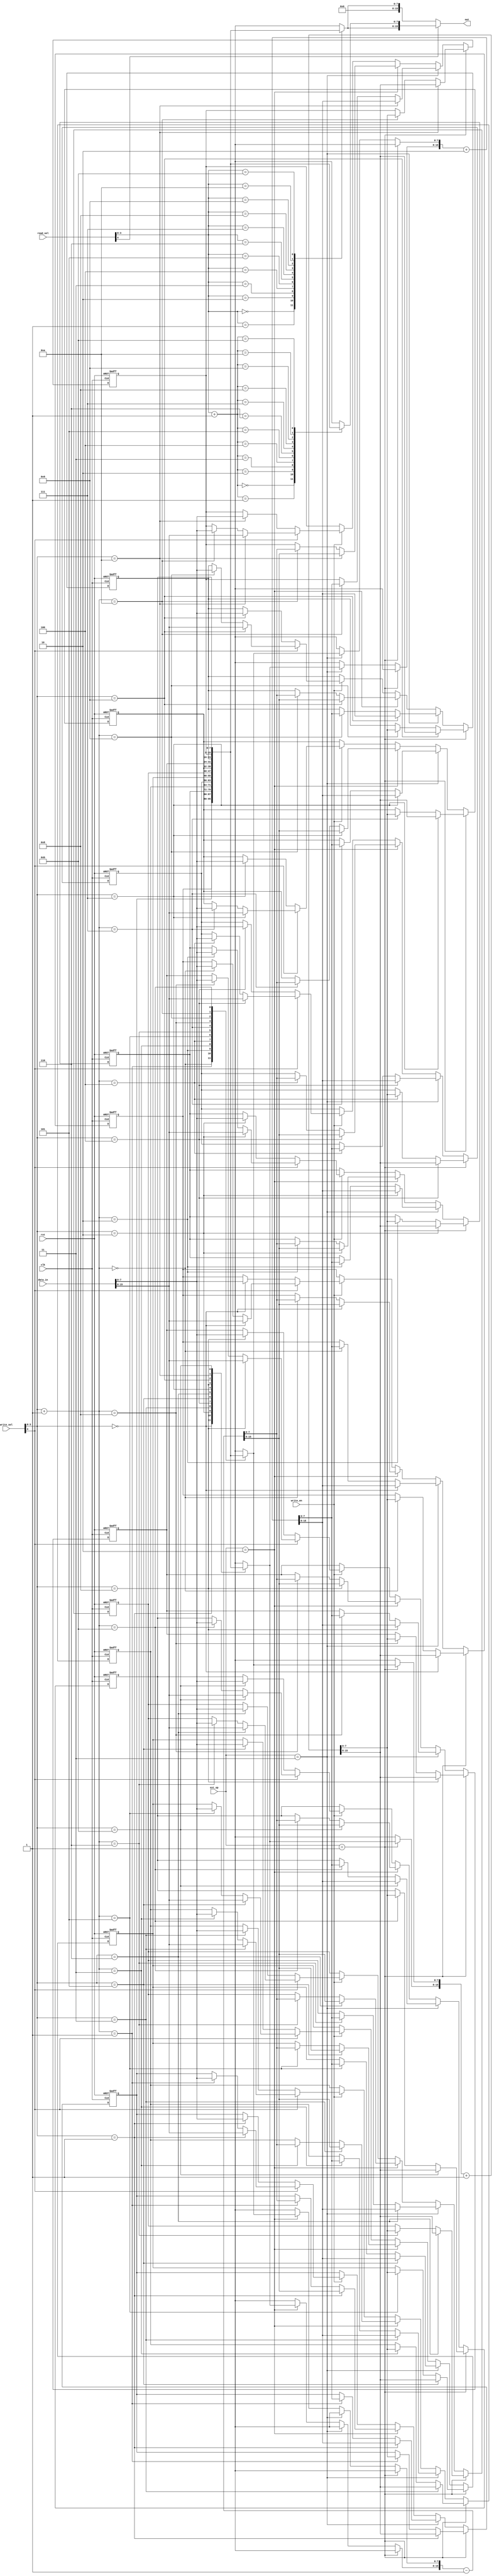
module regfile(
    input clk,
    input rst,
    input write_en,
    input[15:0] data_in,
    input[4:0] write_sel,
    input[4:0] read_sel,
    input[1:0] ext_op,
    output[15:0] out
);

    localparam EXT_INC = 2'b01;
    localparam EXT_DCR = 2'b10;
    localparam EXT_INC2 = 2'b11;

    reg[7:0] register[0:11]; // 12 registers
    reg[15:0] data_out;

    wire[3:0] write_reg = write_sel[3:0];
    wire[3:0] read_reg = read_sel[3:0];

    wire write_ext = write_sel[4];
    wire read_ext = read_sel[4];

    // read operations
    always @ (*)
    begin
        if (read_ext)
            data_out <= {register[read_reg], register[read_reg + 1]};
        else
            data_out <= {8'b0, register[read_reg]};
    end

    // write operations
    always @ (posedge clk, posedge rst)
    begin
        if (rst)
        begin
            register[0] <= 8'b0;
            register[1] <= 8'b0;
            register[2] <= 8'b0;
            register[3] <= 8'b0;
            register[4] <= 8'b0;
            register[5] <= 8'b0;
            register[6] <= 8'b0;
            register[7] <= 8'b0;
            register[8] <= 8'b0;
            register[9] <= 8'b0;
            register[10] <= 8'b0;
            register[11] <= 8'b0;
        end else
        begin
            if (ext_op == EXT_INC)
                {register[write_reg], register[write_reg + 1]} <= {register[write_reg], register[write_reg + 1]} + 1;
            else if (ext_op == EXT_INC2)
                {register[write_reg], register[write_reg + 1]} <= {register[write_reg], register[write_reg + 1]} + 2;
            else if (ext_op == EXT_DCR)
                {register[write_reg], register[write_reg + 1]} <= {register[write_reg], register[write_reg + 1]} - 1;
            else if (write_en)
            begin
                if (write_ext)
                    {register[write_reg], register[write_reg + 1]} <= data_in;
                else 
                    register[write_reg] <= data_in[7:0];
            end
        end
    end

    assign out = data_out;

endmodule